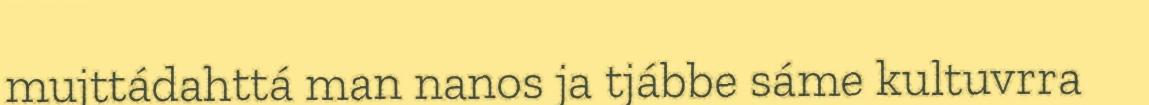
mujttádahttá man nanos ja tjábbe sáme kultuvrra